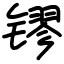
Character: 镠